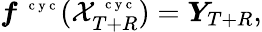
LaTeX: \boldsymbol f^{\mathrm{~\scriptsize~c~y~c~}}(\mathcal X_{T+R}^{\mathrm{~\scriptsize~c~y~c~}})=\boldsymbol Y_{T+R},